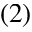
( 2 )